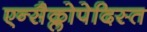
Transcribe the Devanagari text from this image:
एन्सैक्लोपेदिस्त